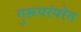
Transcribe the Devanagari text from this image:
गुरूपरंपरेत